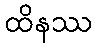
ထိနဿ